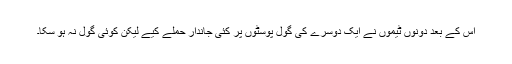
اس کے بعد دونوں ٹیموں نے ایک دوسرے کی گول پوسٹوں پر کئی جاندار حملے کیے لیکن کوئی گول نہ ہو سکا۔